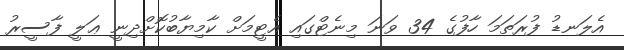
އެލަނޑު ފުރަތަމަ ހާފުގެ 34 ވަނަ މިނެޓްގައި އެޓީމަށް ކާމިޔާބުކޮށްދިނީ ޢަލީ ފާސީރު